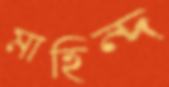
মাহিন্দ